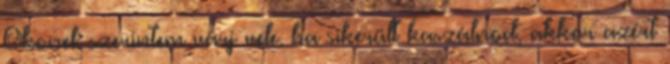
Okonel: szerintem várj vele. ha sikerült kaszálnod, akkor azért